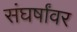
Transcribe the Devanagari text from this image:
संघर्षांवर